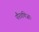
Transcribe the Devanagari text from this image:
पौरवणिजाः